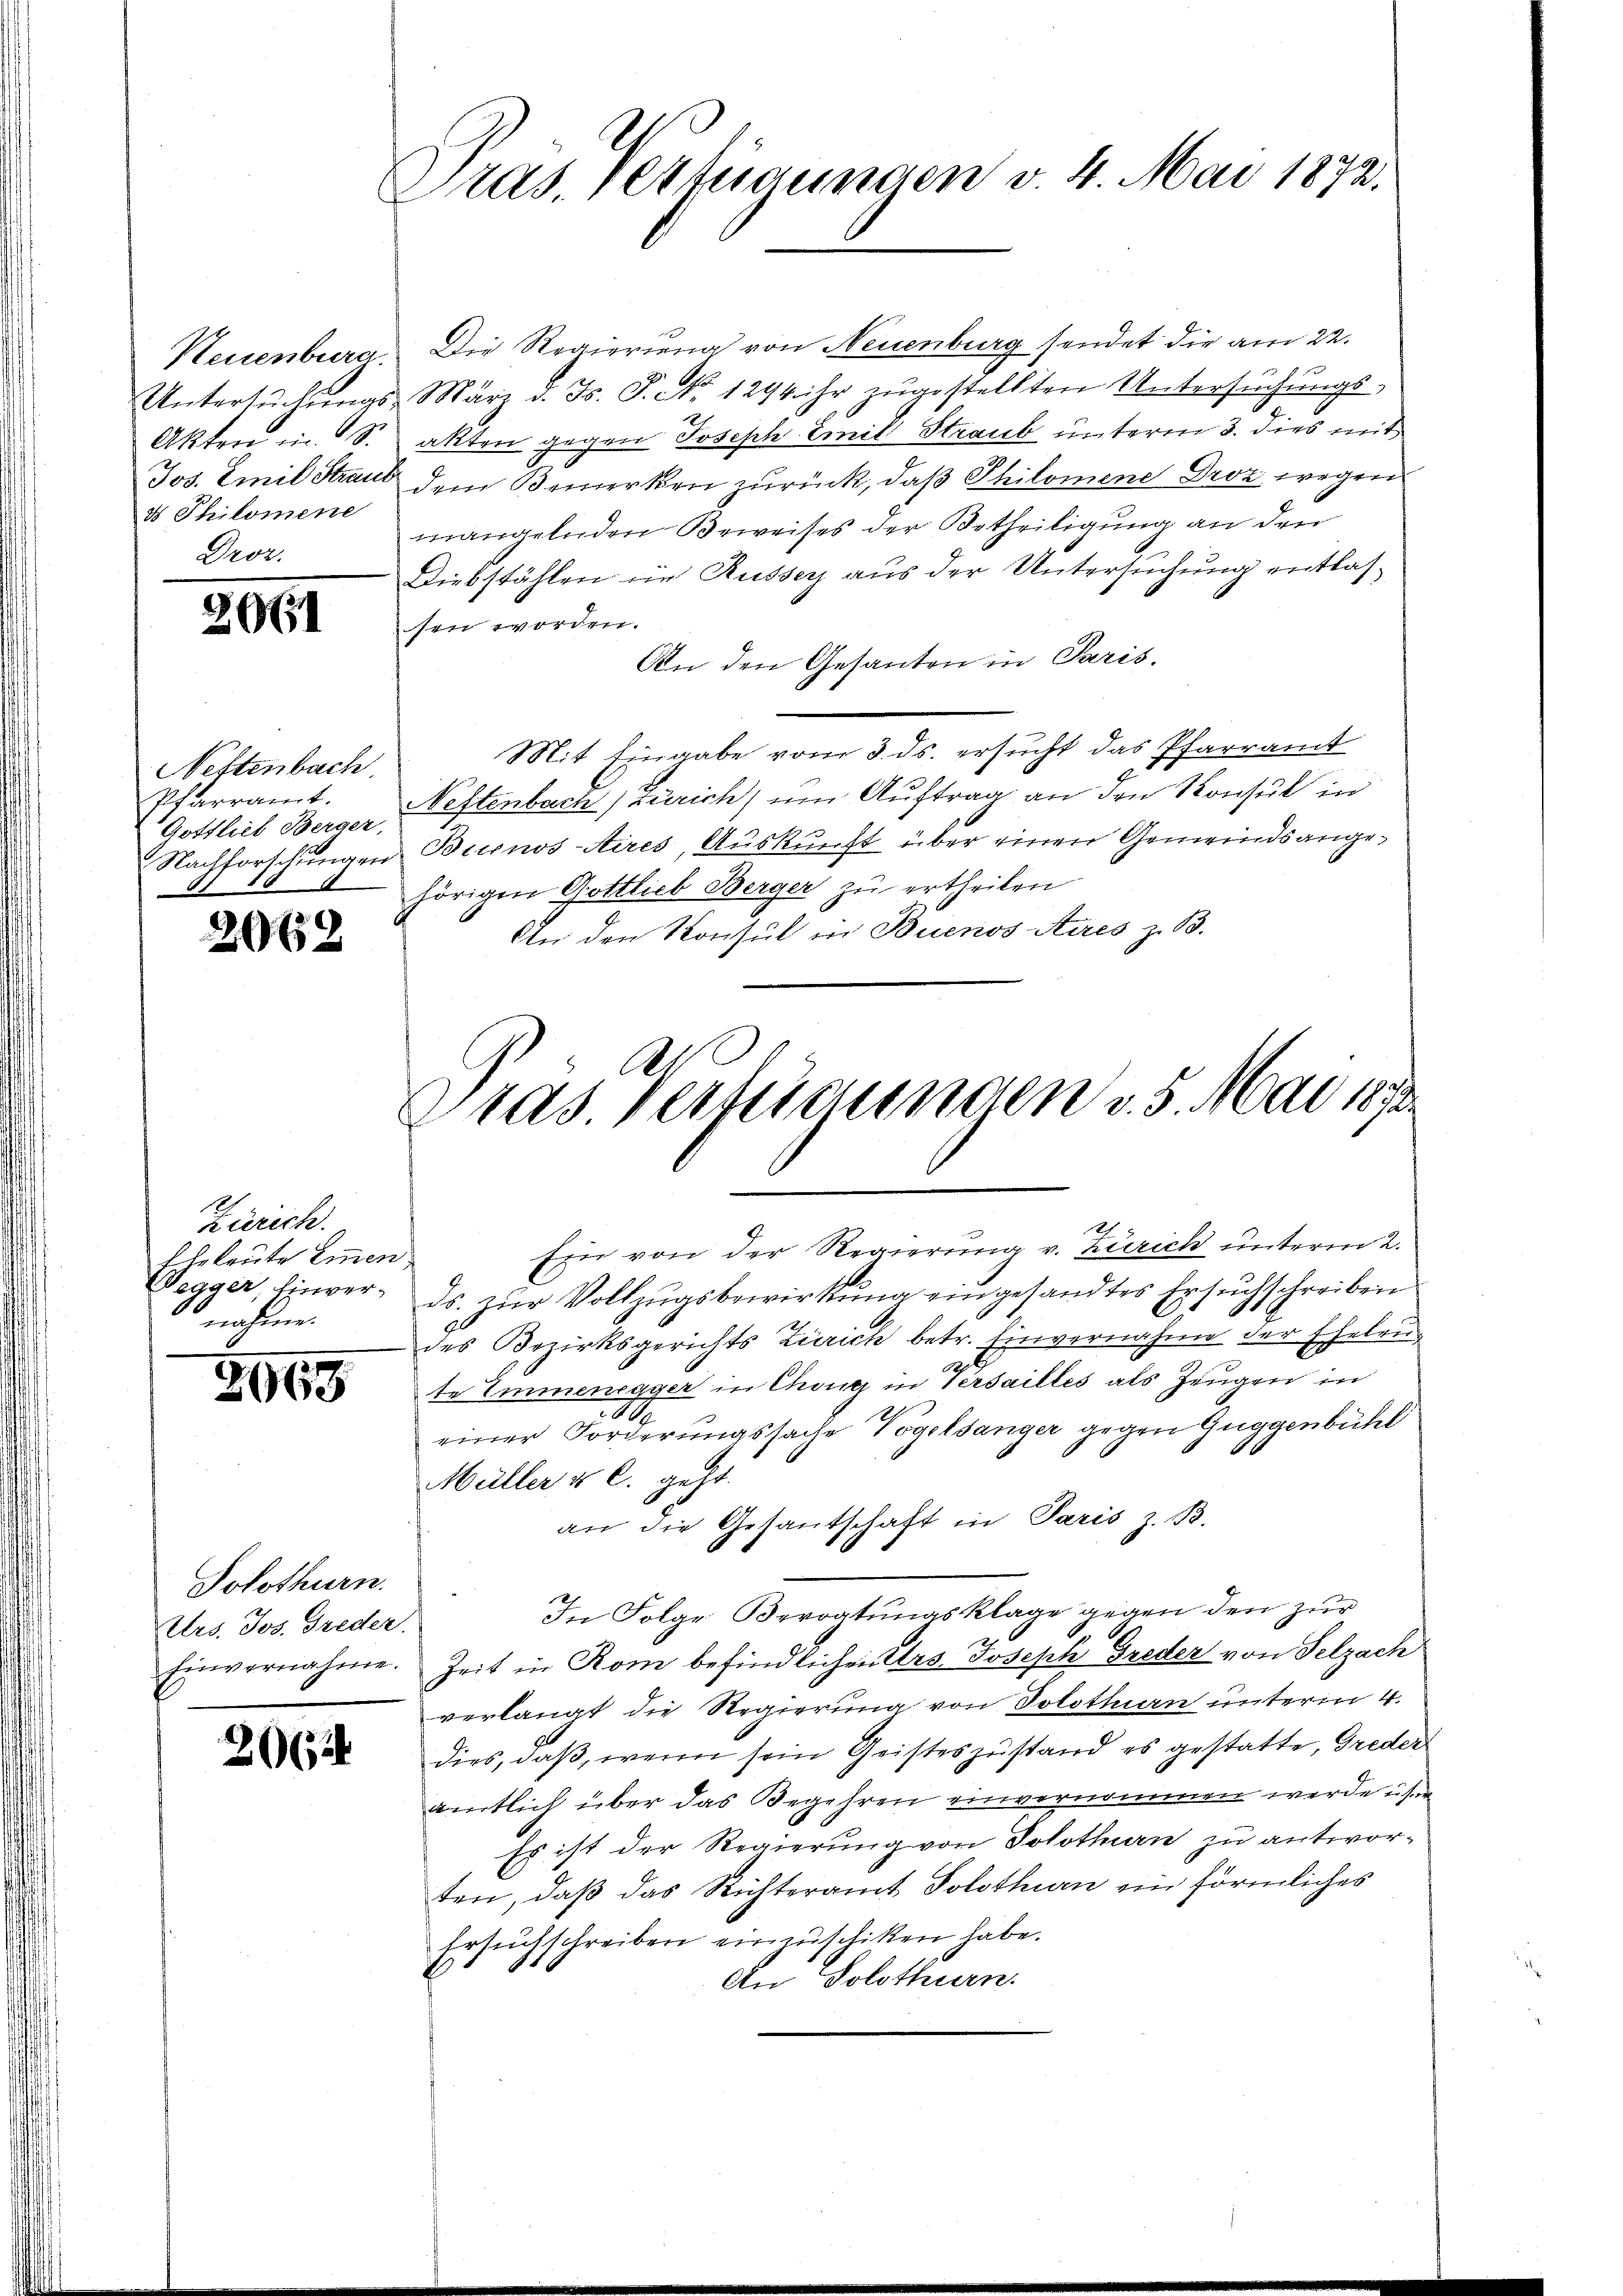
d Philomene
Droz.

2061

Neftenbach,
Pfarramt.
Gottlieb Berger,

269

Zürich.
Eheleute Einen
nahme.

2969

Neuenbura. Die Regierung von Neuenburg sendet die am 22.
Untersŭchŭngs- März d. Js. P. Nr. 1294. ihr zugestellten Untersŭchŭngs-
Akten u. S. akten gegen Joseph Emil Straub unterm 3. dies mit
Jos. Emil Straut dem Bemerken zurück, daß Philomene Droz wegen
mangelnden Beweises der Betheiligung an den
Diebstählen in Russer aus der Untersuchung entlassen worden.
An den Gesanten in Paris.
Mit Eingabe vom 3. ds. ersucht das Pfarramt
Neftenbach Zürich, um Auftrag an den Konsul in
Nachforschungen Brunos-Aires, Auskunft über einen Gemeindsangehörigen Gottlieb Berger zu ertheilen
An den Konsul in Buenos Aires z. B.
Ein von der Regierung v. Zürich unterm 2.
Wegger, Einver- ds. zŭr Vollzŭgsbewirkŭng eingesandtes Ersuchschreiben
des Bezirksgerichts Zürich betr. Einvernahme der Eheleute Emmenegger in Chang in Versailles als Zeugen in
einer Forderungssache Vogelsanger gegen Guggenbühl
Müller & C. geht.
an die Gesantschaft in Paris z. B.
In Folge Bevogtungsklage gegen den zur
Einvernahme. Zeit in Rom befindlichen Urs Joseph Greder von Selzach
verlangt die Regierung von Solothurn unterm 4.
8 dies, daβ wenn sein Geisteszustand es gestatte, Greder
amtlich über das Begehren einvernommen werde ihm
Es ist der Regierung von Solothurn zu antwor-
ten, daß das Richteramt Solothurn ein förmliches
Ersuchschreiben einzuschiken habe.
An Solothurn.

Solothurn.
Uers. Jos. Greder.

Pras. Verfügungen v. 4. Mai 1872.

l
Eras. Vertigungen v. 5. Mai 1873
.